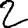
Digit: 2